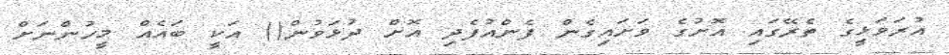
އުރަވަޅީގެ ތެރޭގައި އޮށުގެ ވަށައިގެން ފެންއުފެދި އޮށް ދުޅަވުން() އަކީ ބައެއް މީހުންނަށް